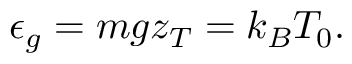
\epsilon _ { g } = m g z _ { T } = k _ { B } T _ { 0 } .